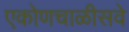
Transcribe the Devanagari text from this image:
एकोणचाळीसवे